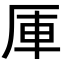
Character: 厙